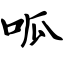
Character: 呱